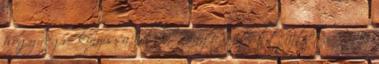
hogy végre kinyissa valaki. Bingo nyitott ajtót. - Szia.